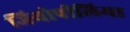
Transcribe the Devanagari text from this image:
जियोपीलिया